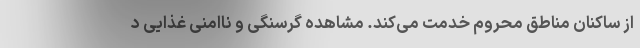
از ساکنان مناطق محروم خدمت می‌کند. مشاهده گرسنگی و ناامنی غذایی د